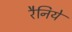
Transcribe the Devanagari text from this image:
रैनिये